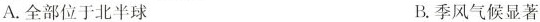
A.全部位于北半球 B.季风气候显著